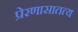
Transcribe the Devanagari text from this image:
प्रेरणासातत्य